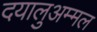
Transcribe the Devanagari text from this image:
दयालुअम्मल